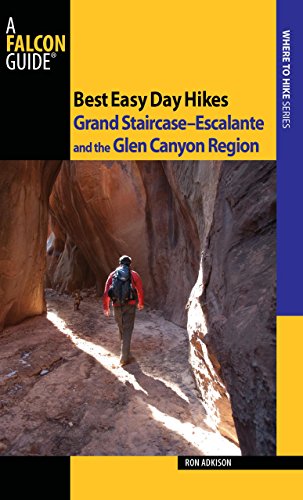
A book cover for Best Easy Day Hikes Grand Staircase--Escalante and the Glen Canyon Region (Best Easy Day Hikes Series); Ron Adkison; Travel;